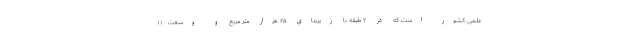
علمی کشور است که در ۲ طبقه با زیربنای ۶۵ هزار متر مربع و وسعت ۱۱۰